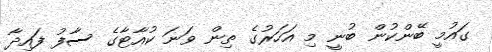
ގައުމީ ބޭންކުން ބުނީ މި އަހަރުގެ ތިން ވަނަ ކުއާޓާގެ ސާފު ފައިދާ